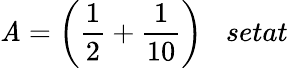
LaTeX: \mathit{A}={\bigg(}{\frac{{1}}{{2}}}+{\frac{{1}}{{10}}}{\bigg)}\; \; \; setat